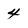
Character: 4